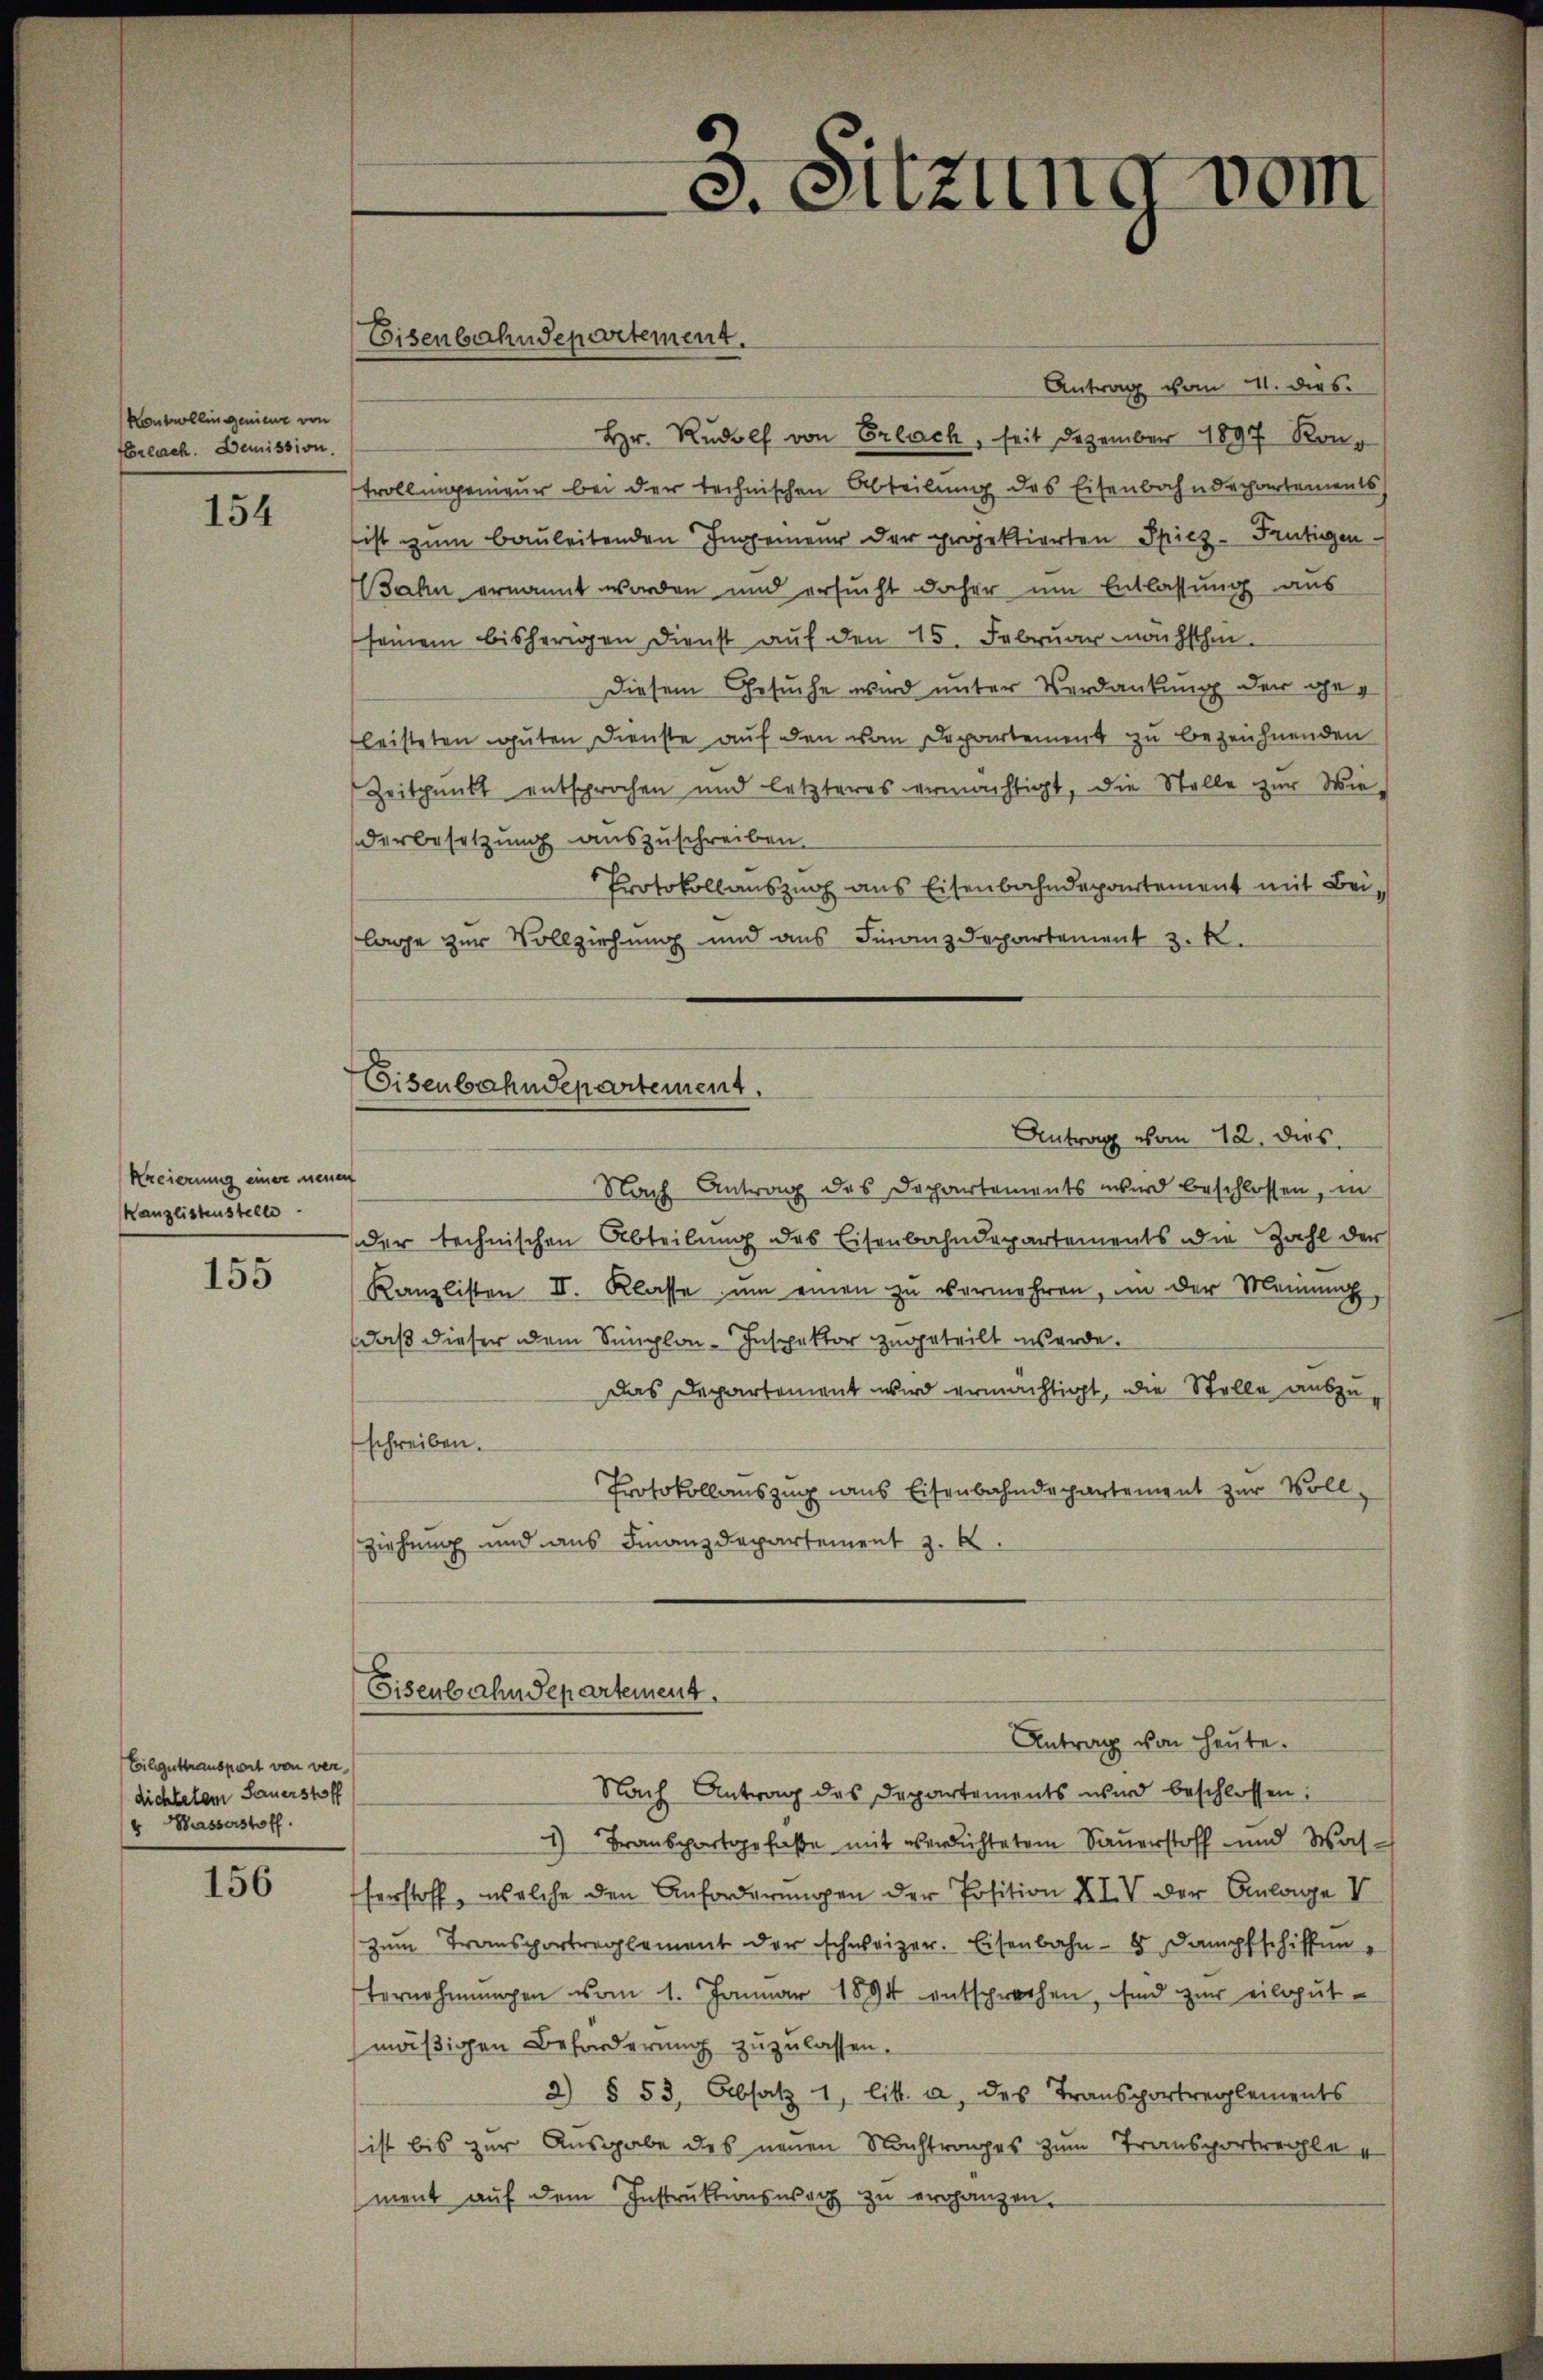
Kontrollingenieur von
Erlach. Demission.

154

Regierung einer neu
Kanzlistenstelle

155

Eilguttransport von ver
dichtetem Sauerstoff
v Wasserstoff.

156

Antrag vom 11. dies
Hr. Rudolf von Erlach, seit Dezember 1897 Kontrollingemeur bei der technischen Abteilung des Eisenbahndepartements
ist zum Bauleitenden Ingenieur der projektierten Spiez-Feutigen.
ahn ernannt worden und ersucht daher um Entlassung aus
seinem bisherigen Dienst auf den 15. Februar nächsthin.
Diesem Gesuche wird unter Verdankung der geg
fleisteten guten Dienste auf den von Departement zu bezeichnenden
Zeitpunkt entsprochen und letzteres ermächtigt, die Stelle zur Wie-
derbesetzung auszuschreiben.
Protokollauszug aus Eisenbahndepartement mit Beilage zur Vollziehung und aus Finanzdepartement 3. k.
Eisenbahndepartement.
Antrag vom 12. dies
en
Nach Antrag des Dechartements wird beschlossen, in
der technischen Abteilung des Eisenbahndepartements die Zahl der
Kanzlisten II. Klasse um einen zu vermehren, in der Meinung
daß dieser dem Simplon-Inspektor zugeteilt werde.
Das Departement wird ermächtigt, die Stelle auszuschreiben.
Protokollauszug aus Eisenbahndepartement zur Vollziehung und aus Finanzdepartement z. B.

Eisenbahndepartement.

Eisenbahndepartement.

3. Sitzung vom

Antrag von heute.
Nach Antrag des Departements wird beschlossen:
1) Transportgefaße mit verdichtetem Sauerstoff und Washerstoff, welche den Anforderungen der Position XIV der Anlage V
zŭm Transportreglement der schweizer. Eisenbahn-8 Dampfschiffenternehmungen vom 1. Januar 1894 entsprechen, sind zur eilgutmäßigen Beforderung zuzulassen.
2) § 53, Absatz 1 litt. a, des Transportreglements
ist bis zur Ausgabe des neuen Nachtrages zum Transportregle
ment aŭf dem Instruktionswach zu ergänzen.